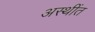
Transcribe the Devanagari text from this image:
अस्थींत